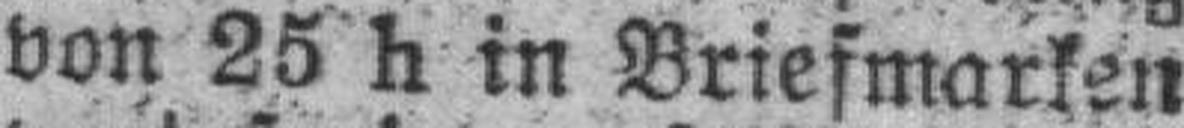
von 25 h in Briefmarken